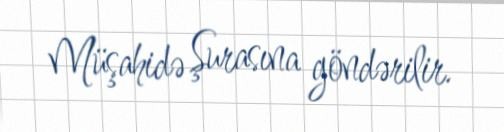
Müşahidə Şurasına göndərilir.